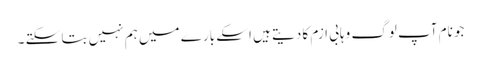
جو نام آپ لوگ وہابی ازم کا دیتے ہیں اسکے بارے میں ہم نہیں بتا سکتے ۔